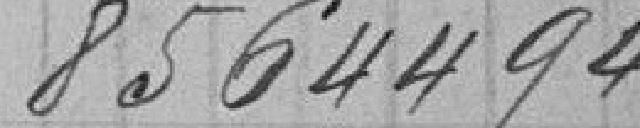
8564494